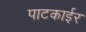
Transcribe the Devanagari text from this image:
पाटकाईर